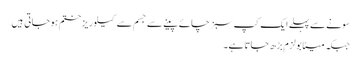
سونے سے پہلے ایک کپ سبز چائے پینے سے جسم سے کیلوریز ختم ہو جاتی ہیں
جبکہ میٹابولزم بڑھ جاتا ہے۔